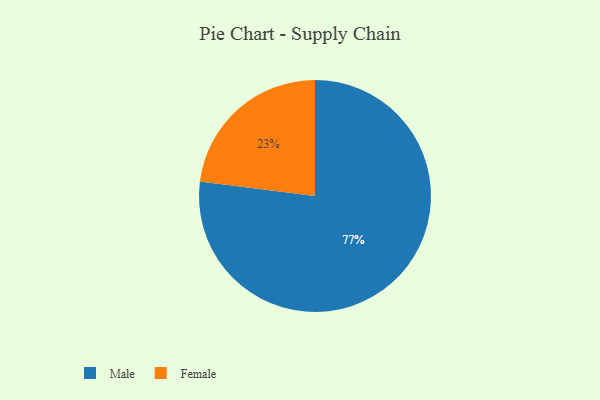
{"axis": {"x": "Category", "y": "Percentage"}, "legend": ["Female", "Male"], "data": [{"x": "Male", "y": 77, "type": "Male"}, {"x": "Female", "y": 23, "type": "Female"}]}